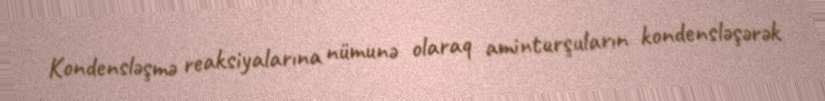
Kondensləşmə reaksiyalarına nümunə olaraq aminturşuların kondensləşərək